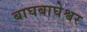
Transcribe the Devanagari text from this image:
बाघबाघेश्वर